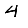
Digit: 4